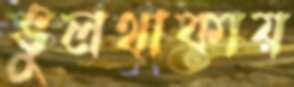
ভুলথাকায়